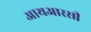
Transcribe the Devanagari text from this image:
आयआरसी